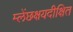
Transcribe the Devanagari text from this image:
म्लेंछक्षयदीक्षित